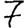
Digit: 7